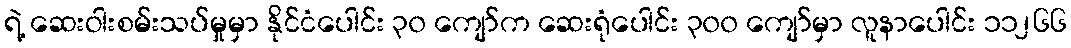
ရဲ့ ဆေးဝါးစမ်းသပ်မှုမှာ နိုင်ငံပေါင်း ၃၀ ကျော်က ဆေးရုံပေါင်း ၃၀၀ ကျော်မှာ လူနာပေါင်း ၁၁၂၆၆